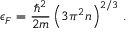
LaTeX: \epsilon _ { F } = { \frac { \hbar ^ { 2 } } { 2 m } } \left( { 3 \pi ^ { 2 } n } \right) ^ { 2 / 3 } \, .